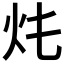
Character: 𤆚